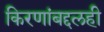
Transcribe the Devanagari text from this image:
किरणांबद्दलही